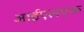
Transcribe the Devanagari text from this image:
आईएलएफ